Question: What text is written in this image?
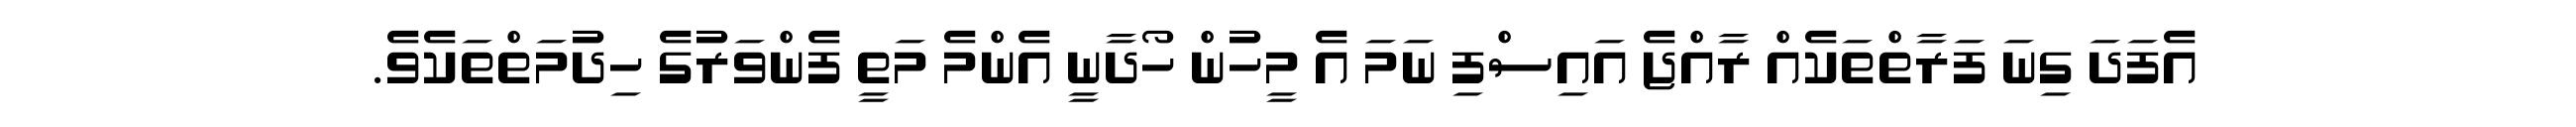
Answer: އެފަދަ ގިނަ ފަރާތްތަކެއް ރާއްޖެ އައިސްފި ނަމަ އެ މީހުން ހޯދާނީ އެންމެ މަތީ ފެންވަރުގެ ހިދުމަތްތަކެވެ.